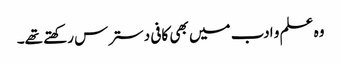
وہ علم و ادب میں بھی کافی دسترس رکھتے تھے۔